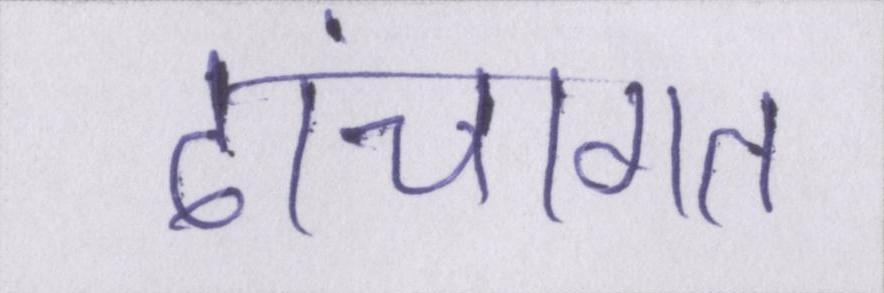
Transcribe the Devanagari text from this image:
ढांचागत